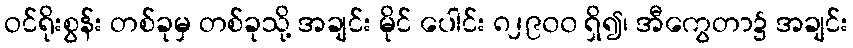
ဝင်ရိုးစွန်း တစ်ခုမှ တစ်ခုသို့ အချင်း မိုင် ပေါင်း ၈၂၉၀၀ ရှိ၍၊ အီကွေတာ၌ အချင်း